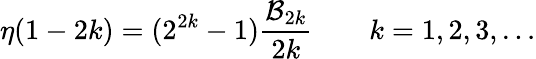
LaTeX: \eta(1-2k)=(2^{2k}-1){\frac{{\cal B}_{2k}}{2k}}\qquad k=1,2,3,\ldots